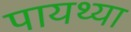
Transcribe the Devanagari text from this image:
पायथ्या